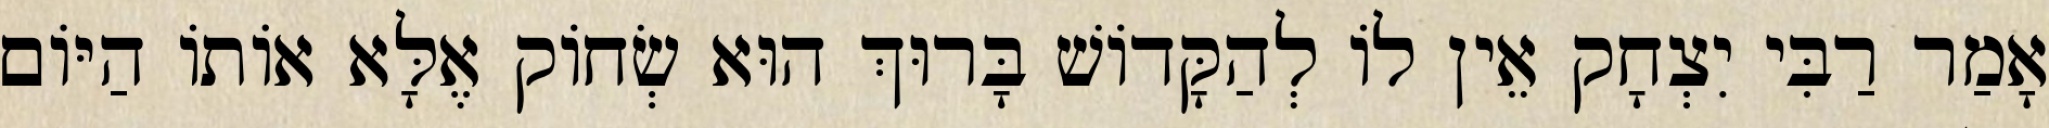
אָמַר רַבִּי יִצְחָק אֵין לוֹ לְהַקָּדוֹשׁ בָּרוּךְ הוּא שְׂחוֹק אֶלָּא אוֹתוֹ הַיּוֹם